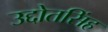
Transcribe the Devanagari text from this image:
उद्दोतसिंह